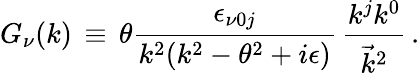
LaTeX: G_{\nu}(k)\, \equiv\, \theta\frac{\epsilon_{\nu 0j}}{k^{2}(k^{2}-\theta^{2}+i\epsilon)}\, \frac{k^{j}k^{0}}{{\vec{k}}^{2}}\, .